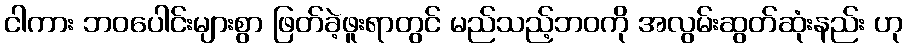
ငါကား ဘဝပေါင်းများစွာ ဖြတ်ခဲ့ဖူးရာတွင် မည်သည့်ဘဝကို အလွမ်းဆွတ်ဆုံးနည်း ဟု